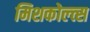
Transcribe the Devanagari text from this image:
मिशकोल्त्स